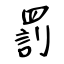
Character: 罰